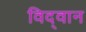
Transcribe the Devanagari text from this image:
विद्‌वान